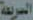
السريعة